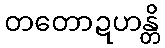
တတောဍဟန္တိ